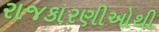
રાજકારણીઓથી